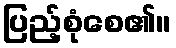
ပြည့်စုံစေ၏။